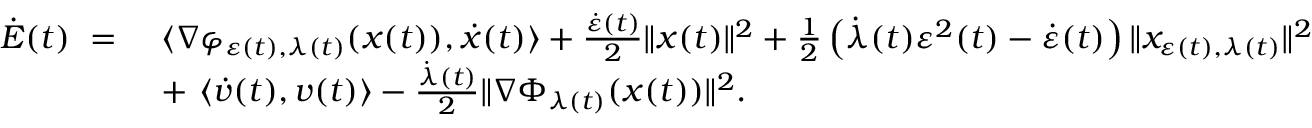
\begin{array} { r l } { \dot { E } ( t ) \ = \ } & { \langle \nabla \varphi _ { \varepsilon ( t ) , \lambda ( t ) } ( x ( t ) ) , \dot { x } ( t ) \rangle + \frac { \dot { \varepsilon } ( t ) } { 2 } \| x ( t ) \| ^ { 2 } + \frac { 1 } { 2 } \left( \dot { \lambda } ( t ) \varepsilon ^ { 2 } ( t ) - \dot { \varepsilon } ( t ) \right) \| x _ { \varepsilon ( t ) , \lambda ( t ) } \| ^ { 2 } } \\ & { + \ \langle \dot { v } ( t ) , v ( t ) \rangle - \frac { \dot { \lambda } ( t ) } { 2 } \| \nabla \Phi _ { \lambda ( t ) } ( x ( t ) ) \| ^ { 2 } . } \end{array}